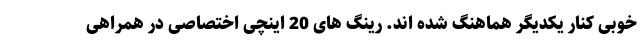
خوبی کنار یکدیگر هماهنگ شده اند. رینگ های 20 اینچی اختصاصی در همراهی